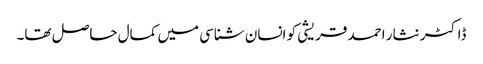
ڈاکٹر نثار احمد قریشی کو انسان شناسی میں کمال حاصل تھا۔